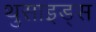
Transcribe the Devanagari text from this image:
थुसाइड्स